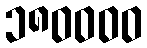
၁၈၀၀၀၀